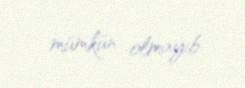
mümkün olmayıb.